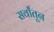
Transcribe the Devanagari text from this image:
सर्वांतून